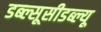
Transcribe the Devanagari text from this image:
डब्ल्सूसीडब्ल्यू